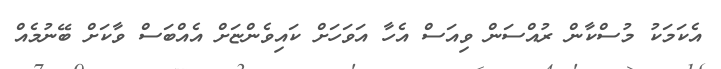
އެކަމަކު މުސްކާން ރުއްސަން ވިއަސް އެހާ އަވަހަށް ކައިވެންޏަށް އެއްބަސް ވާކަށް ބޭނުމެއް